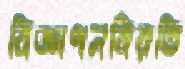
বিজ্ঞাপনবিরতি